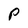
Character: P